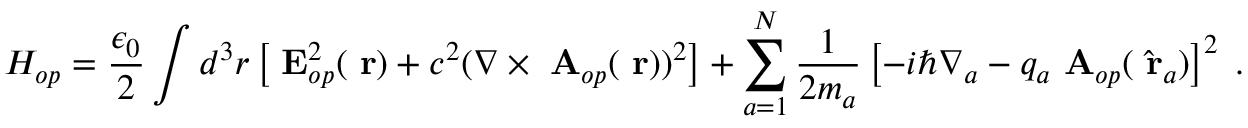
H _ { o p } = \frac { \epsilon _ { 0 } } { 2 } \int d ^ { 3 } r \left[ \mathrm { \bf ~ E } _ { o p } ^ { 2 } ( \mathrm { \bf ~ r } ) + c ^ { 2 } ( \nabla \times \mathrm { \bf ~ A } _ { o p } ( \mathrm { \bf ~ r } ) ) ^ { 2 } \right] + \sum _ { a = 1 } ^ { N } \frac { 1 } { 2 m _ { a } } \left[ - i \hbar \nabla _ { a } - q _ { a } \mathrm { \bf ~ A } _ { o p } ( \hat { \mathrm { \bf ~ r } } _ { a } ) \right] ^ { 2 } \; .